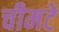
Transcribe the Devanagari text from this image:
चीमटे